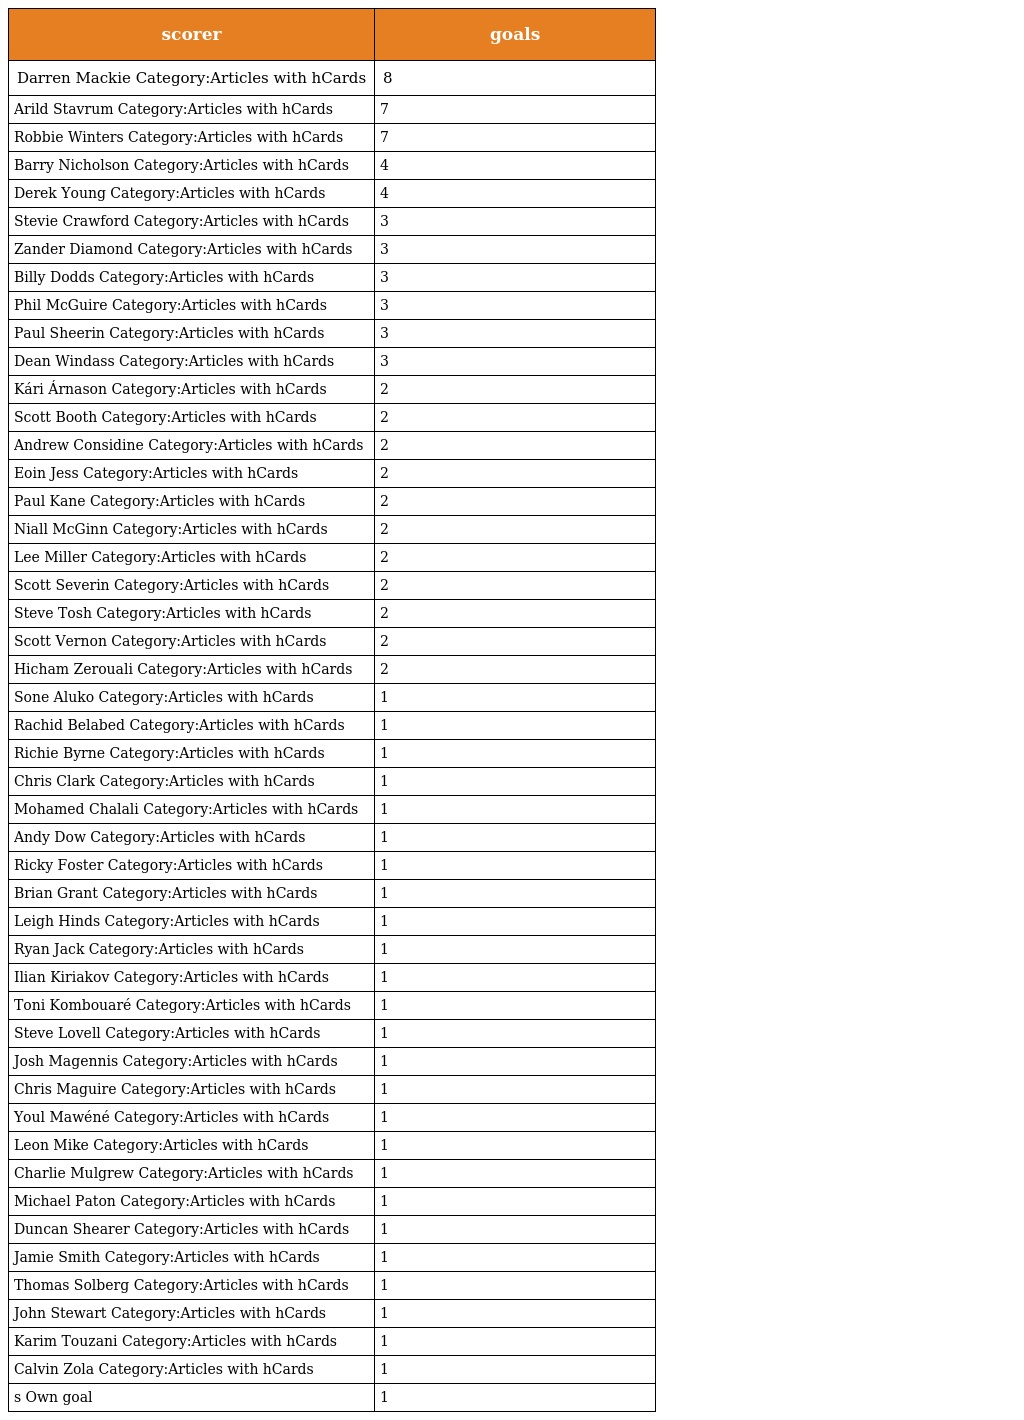
| scorer | goals |
 | --- | --- |
 | Darren Mackie Category:Articles with hCards | 8 |
 | Arild Stavrum Category:Articles with hCards | 7 |
 | Robbie Winters Category:Articles with hCards | 7 |
 | Barry Nicholson Category:Articles with hCards | 4 |
 | Derek Young Category:Articles with hCards | 4 |
 | Stevie Crawford Category:Articles with hCards | 3 |
 | Zander Diamond Category:Articles with hCards | 3 |
 | Billy Dodds Category:Articles with hCards | 3 |
 | Phil McGuire Category:Articles with hCards | 3 |
 | Paul Sheerin Category:Articles with hCards | 3 |
 | Dean Windass Category:Articles with hCards | 3 |
 | Kári Árnason Category:Articles with hCards | 2 |
 | Scott Booth Category:Articles with hCards | 2 |
 | Andrew Considine Category:Articles with hCards | 2 |
 | Eoin Jess Category:Articles with hCards | 2 |
 | Paul Kane Category:Articles with hCards | 2 |
 | Niall McGinn Category:Articles with hCards | 2 |
 | Lee Miller Category:Articles with hCards | 2 |
 | Scott Severin Category:Articles with hCards | 2 |
 | Steve Tosh Category:Articles with hCards | 2 |
 | Scott Vernon Category:Articles with hCards | 2 |
 | Hicham Zerouali Category:Articles with hCards | 2 |
 | Sone Aluko Category:Articles with hCards | 1 |
 | Rachid Belabed Category:Articles with hCards | 1 |
 | Richie Byrne Category:Articles with hCards | 1 |
 | Chris Clark Category:Articles with hCards | 1 |
 | Mohamed Chalali Category:Articles with hCards | 1 |
 | Andy Dow Category:Articles with hCards | 1 |
 | Ricky Foster Category:Articles with hCards | 1 |
 | Brian Grant Category:Articles with hCards | 1 |
 | Leigh Hinds Category:Articles with hCards | 1 |
 | Ryan Jack Category:Articles with hCards | 1 |
 | Ilian Kiriakov Category:Articles with hCards | 1 |
 | Toni Kombouaré Category:Articles with hCards | 1 |
 | Steve Lovell Category:Articles with hCards | 1 |
 | Josh Magennis Category:Articles with hCards | 1 |
 | Chris Maguire Category:Articles with hCards | 1 |
 | Youl Mawéné Category:Articles with hCards | 1 |
 | Leon Mike Category:Articles with hCards | 1 |
 | Charlie Mulgrew Category:Articles with hCards | 1 |
 | Michael Paton Category:Articles with hCards | 1 |
 | Duncan Shearer Category:Articles with hCards | 1 |
 | Jamie Smith Category:Articles with hCards | 1 |
 | Thomas Solberg Category:Articles with hCards | 1 |
 | John Stewart Category:Articles with hCards | 1 |
 | Karim Touzani Category:Articles with hCards | 1 |
 | Calvin Zola Category:Articles with hCards | 1 |
 | s Own goal | 1 |